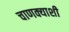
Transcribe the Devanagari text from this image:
चाणक्याशी